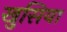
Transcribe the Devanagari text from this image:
खुसिया